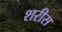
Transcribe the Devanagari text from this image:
शरीस